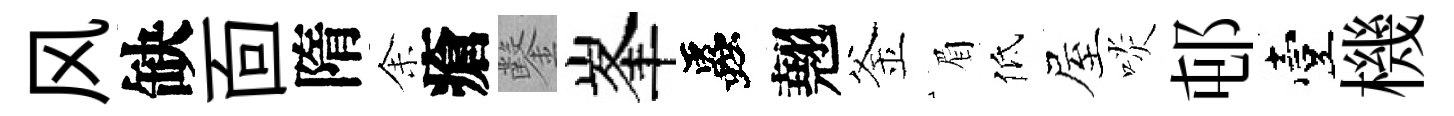
风缺靣隋𪜬瘡鑿峯蟲翹釜眉低屋啖邨臺機